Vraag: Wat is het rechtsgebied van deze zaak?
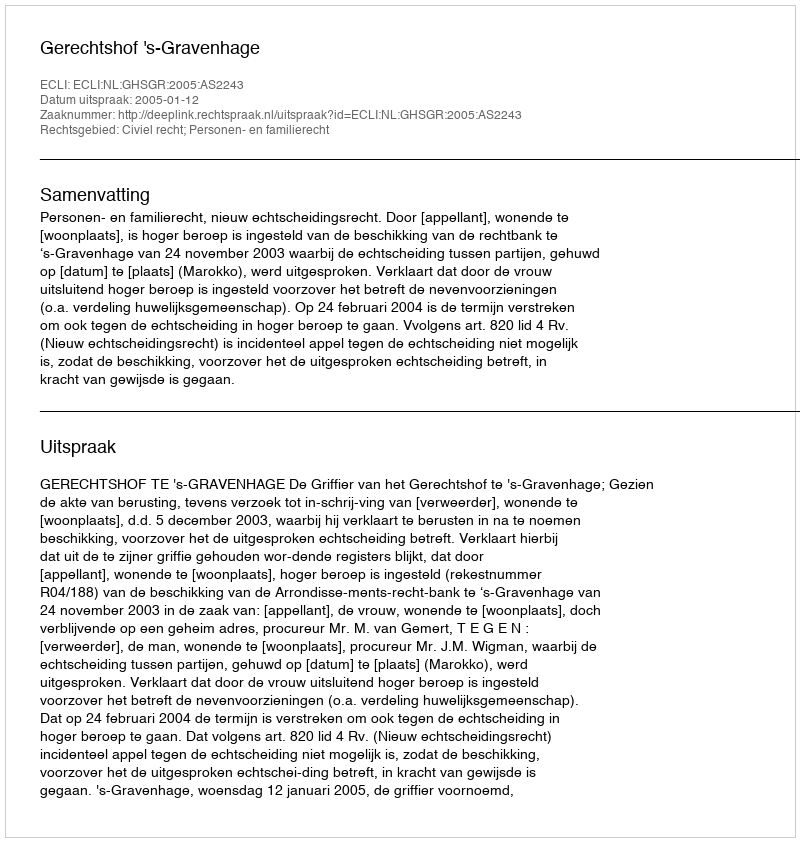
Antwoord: Civiel recht; Personen- en familierecht